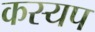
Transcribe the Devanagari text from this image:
कस्यप